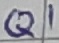
Text: Q1